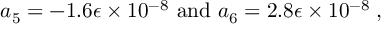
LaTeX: a _ { 5 } = - 1 . 6 \epsilon \times 1 0 ^ { - 8 } \mathrm { ~ a n d ~ } a _ { 6 } = 2 . 8 \epsilon \times 1 0 ^ { - 8 } \; ,